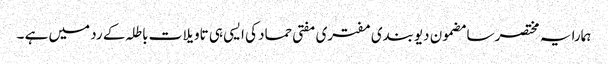
ہمارا یہ مختصر سا مضمون دیوبندی مفتری مفتی حماد کی ایسی ہی تاویلات باطلہ کے رد میں ہے ۔